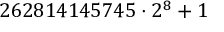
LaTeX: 2 6 2 8 1 4 1 4 5 7 4 5 \cdot 2 ^ { 8 } + 1